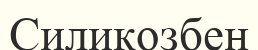
Силикозбен